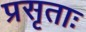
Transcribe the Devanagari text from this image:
प्रसृताः